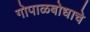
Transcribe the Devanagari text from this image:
गोपाळबोधाचे